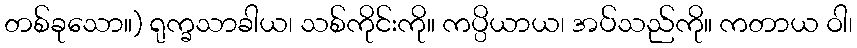
တစ်ခုသော။) ရုက္ခသာခါယ၊ သစ်ကိုင်းကို။ ကပ္ပိယာယ၊ အပ်သည်ကို။ ကတာယ ဝါ၊